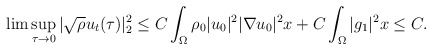
\begin{align*}\lim \sup_{\tau\rightarrow 0}|\sqrt{\rho}u_t(\tau)|^2_2 \leq C\int_{\Omega} \rho_0 |u_0|^2|\nabla u_0|^2x+C\int_{\Omega} |g_1|^2x\leq C.\end{align*}